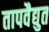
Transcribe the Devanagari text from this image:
तापवैद्युत